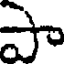
పా